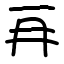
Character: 𠕅